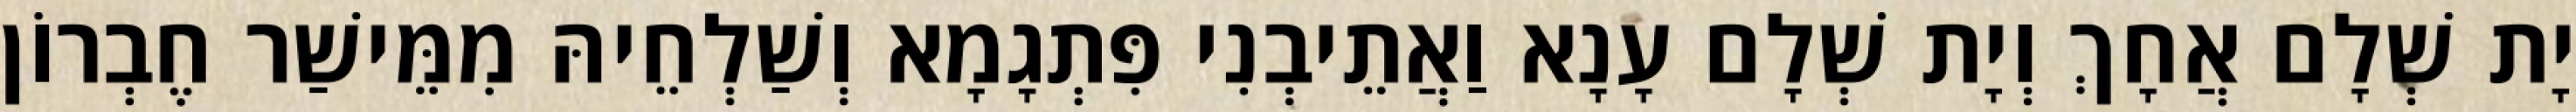
יָת שְׁלָם אֲחָךְ וְיָת שְׁלָם עָנָא וַאֲתֵיבְנִי פִּתְגָמָא וְשַׁלְחֵיהּ מִמֵּישַׁר חֶבְרוֹן